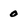
Character: 0